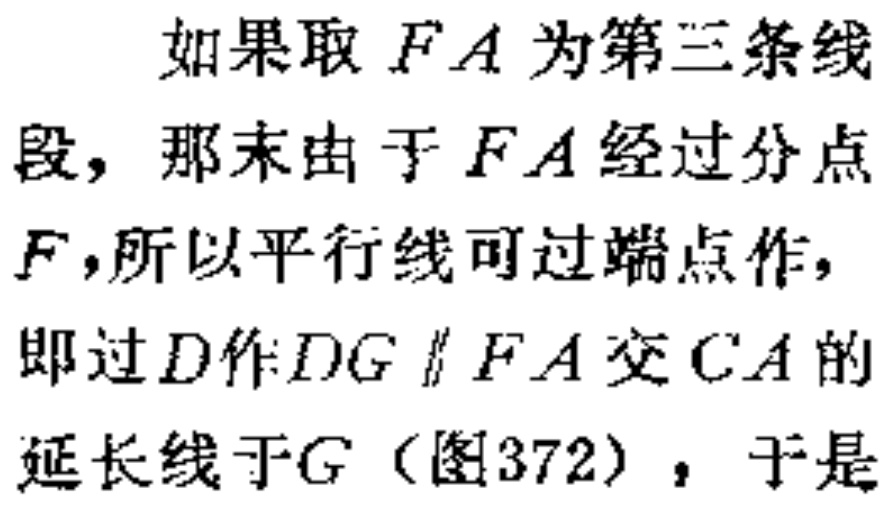
如果取 \(FA\) 为第三条线段，那末由于 \(FA\) 经过分点 \(F\)，所以平行线可过端点作，即过 \(D\) 作 \(DG\parallel FA\) 交 \(CA\) 的延长线于 \(G\)（图372），于是